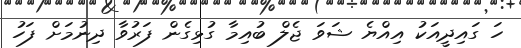
ހަ ގައިދީއަކު އިއްޔެ ޝަވަ ޖެލް ބުއިމާ ގުޅިގެން ފަރުވާ ދިނުމަށް ފަހު